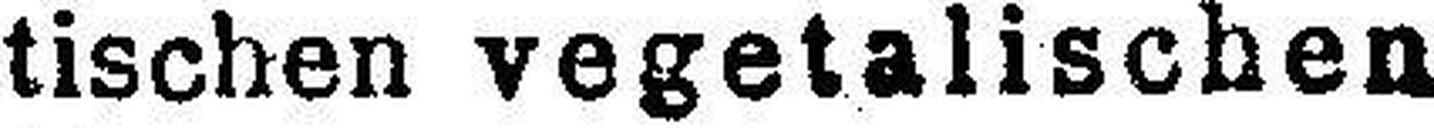
tischen vegetalischen